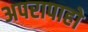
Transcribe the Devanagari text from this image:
अपरापाहो